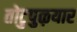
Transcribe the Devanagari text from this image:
तोटुपुऴयार